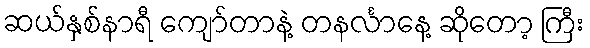
ဆယ်နှစ်နာရီ ကျော်တာနဲ့ တနင်္လာနေ့ ဆိုတော့ ကြီး